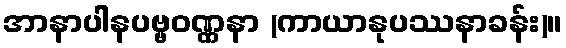
အာနာပါနပဗ္ဗဝဏ္ဏနာ (ကာယာနုပဿနာခန်း)။